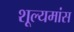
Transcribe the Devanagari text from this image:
शूल्यमांस